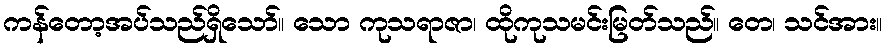
ကန်တော့အပ်သည်ရှိသော်။ သော ကုသရာဇာ၊ ထိုကုသမင်းမြတ်သည်။ တေ၊ သင်အား။